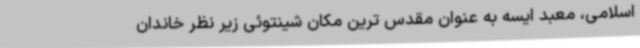
اسلامی، معبد ایسه به عنوان مقدس ترین مکان شینتوئی زیر نظر خاندان